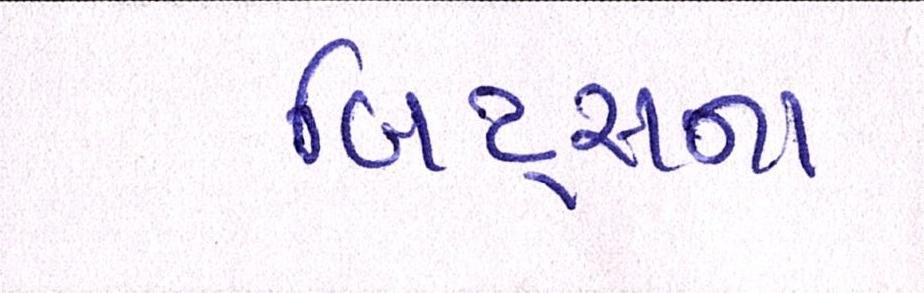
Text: બિટ્સના